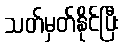
သတ်မှတ်နိုင်ပြီး